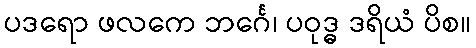
ပဒရော ဖလကေ ဘင်္ဂေ၊ ပဝုဒ္ဓ ဒရိယံ ပိစ။